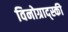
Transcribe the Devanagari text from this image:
विनोग्राद्स्की